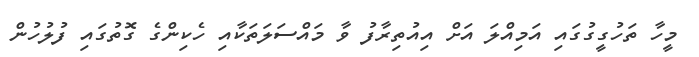
މީހާ ތަހުގީގުގައި އަމިއްލަ އަށް އިއުތިރާފު ވާ މައްސަލަތަކާއި ހެކިންގެ ގޮތުގައި ފުލުހުން